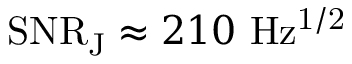
\mathrm { S N R _ { J } } \approx 2 1 0 ~ \mathrm { H z ^ { 1 / 2 } }